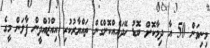
މިނިވަން 50 އާ ދިމާކޮށް ބޮޑު ހޭދައެއްކޮށްގެން ތައްޔާރުކުރި އިއްޒުއްދީން ފާލަން މީގެ